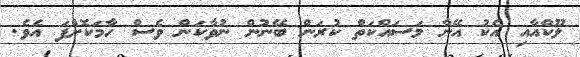
ލޫކްއާއި އެކު އޭނާ މަސައްކަތް ކުރަން ބޭނުން ނުވާކަން ވެސް ހާމަކޮށްފަ އެވެ.